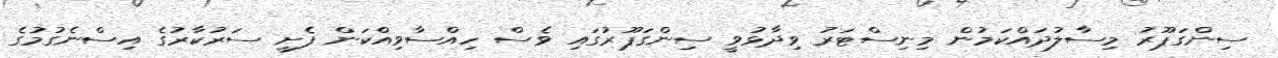
ސިންގަޕޫރު މިސާލުދައްކަމުން މިނިސްޓަރު ވިދާޅުވީ ސިންގަޕޫރުގައި ވެސް ހިއްސާވިއްކަން ފެށީ ސަރުކާރުގެ އިސްނެގުމުގެ